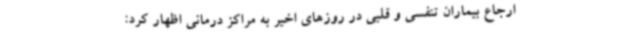
ارجاع بیماران تنفسی و قلبی در روزهای اخیر به مراکز درمانی اظهار کرد: